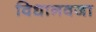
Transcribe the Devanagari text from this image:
विधानवजा